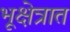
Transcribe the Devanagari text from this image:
भूक्षेत्रात